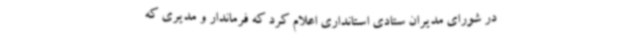
در شورای مدیران ستادی استانداری اعلام کرد که فرماندار و مدیری که